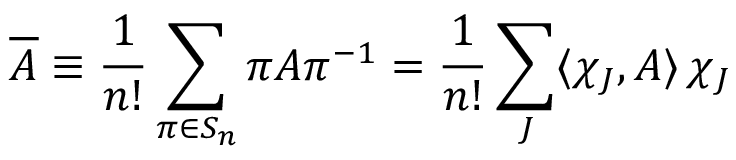
\overline { { A } } \equiv \frac { 1 } { n ! } \sum _ { \pi \in S _ { n } } \pi A \pi ^ { - 1 } = \frac { 1 } { n ! } \sum _ { J } \langle \chi _ { J } , A \rangle \, \chi _ { J }